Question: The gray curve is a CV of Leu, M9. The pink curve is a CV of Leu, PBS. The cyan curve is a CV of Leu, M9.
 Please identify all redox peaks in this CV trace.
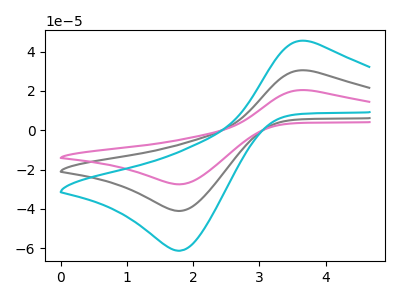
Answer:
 <answer>The gray curve "Leu, M9" has an anodic peak at (3.75V, 30.35uA) and a cathodic peak at (1.80V, -41.00uA). The pink curve "Leu, PBS" has an anodic peak at (3.75V, 20.30uA) and a cathodic peak at (1.80V, -27.45uA). The cyan curve "Leu, M9" has an anodic peak at (3.75V, 60.65uA) and a cathodic peak at (1.80V, -82.00uA).</answer>
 <eval></eval>